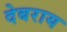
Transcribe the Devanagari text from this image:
देबराय